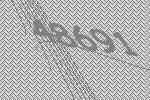
48691